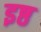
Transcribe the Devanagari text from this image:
इष्ठ